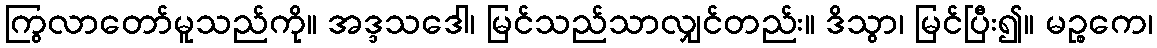
ကြွလာတော်မူသည်ကို။ အဒ္ဒသဒေါ၊ မြင်သည်သာလျှင်တည်း။ ဒိသွာ၊ မြင်ပြီး၍။ မဉ္စကေ၊